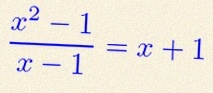
\frac{x^2-1}{x-1}=x+1